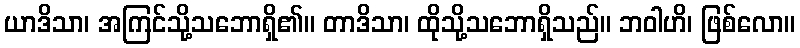
ယာဒိသာ၊ အကြင်သို့သဘောရှိ၏။ တာဒိသာ၊ ထိုသို့သဘောရှိသည်။ ဘဝါဟိ၊ ဖြစ်လော။